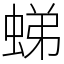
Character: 𧋘